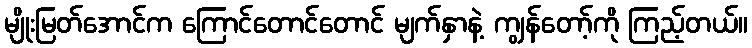
မျိုးမြတ်အောင်က ကြောင်တောင်တောင် မျက်နှာနဲ့ ကျွန်တော့်ကို ကြည့်တယ်။